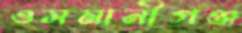
ওসমানীগঞ্জ